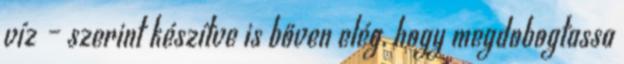
víz – szerint készítve is bőven elég, hogy megdobogtassa